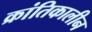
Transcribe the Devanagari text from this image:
क्रांतिकालीन